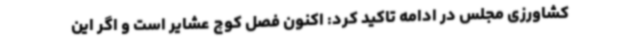
کشاورزی مجلس در ادامه تاکید کرد: اکنون فصل کوچ عشایر است و اگر این